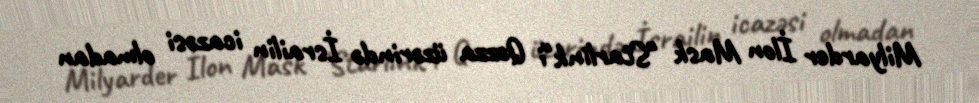
Milyarder İlon Mask "Starlink"i Qəzza üzərində İsrailin icazəsi olmadan